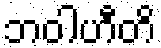
ဘဝါဟီတိ